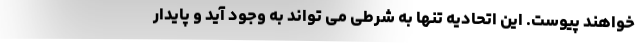
خواهند پیوست. این اتحادیه تنها به شرطی می تواند به وجود آید و پایدار